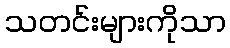
သတင်းများကိုသာ